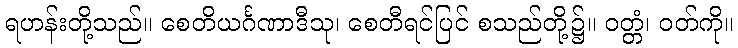
ရဟန်းတို့သည်။ စေတိယင်္ဂဏာဒီသု၊ စေတီရင်ပြင် စသည်တို့၌။ ဝတ္တံ၊ ဝတ်ကို။